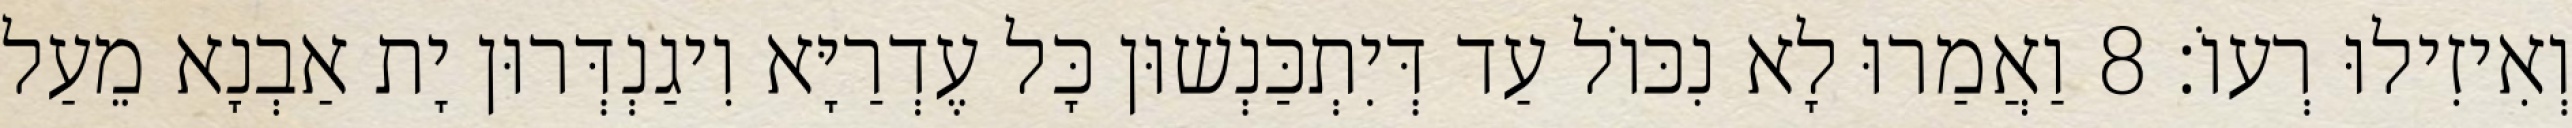
וְאִיזִילוּ רְעוֹ׃ 8 וַאֲמַרוּ לָא נִכּוֹל עַד דְּיִתְכַּנְשׁוּן כָּל עֶדְרַיָּא וִיגַנְדְּרוּן יָת אַבְנָא מֵעַל